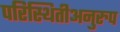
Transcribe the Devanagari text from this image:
परिस्थितीअनुरुप